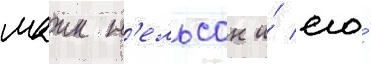
маик н'ельсон и́ его́